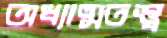
অধ্যাত্মতত্ত্ব